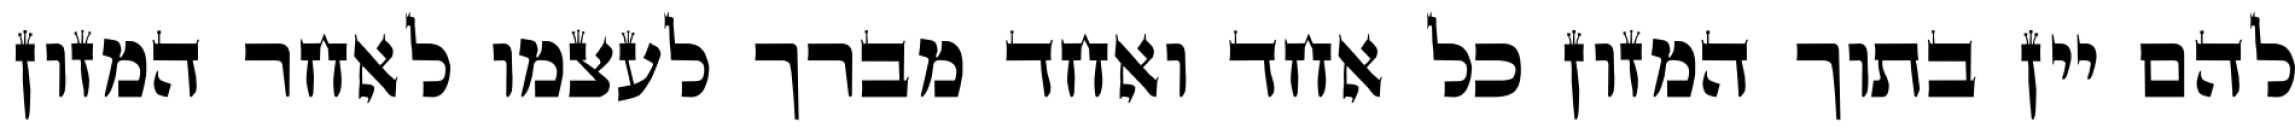
להם יין בתוך המזון כל אחד ואחד מברך לעצמו לאחר המזון